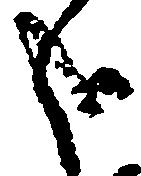
哉